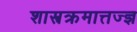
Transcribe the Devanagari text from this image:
शास्त्रक्रमात्तज्ज्ञ